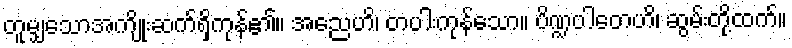
တူမျှသောအကျိုးဆက်ရှိကုန်၏။ အညေဟိ၊ တပါးကုန်သော။ ပိဏ္ဍပါတေဟိ၊ ဆွမ်းတို့ထက်။